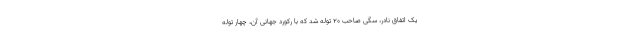
یک اتفاق نادر، سگی صاحب ۲۰ توله شد که با رکورد جهانی آن، چهار توله